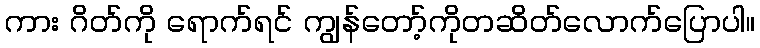
ကား ဂိတ်ကို ရောက်ရင် ကျွန်တော့်ကိုတဆိတ်လောက်ပြောပါ။